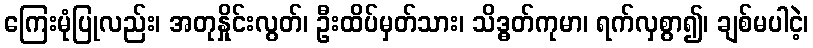
ကြေးမုံပြုလည်း၊ အတုနှိုင်းလွတ်၊ ဦးထိပ်မှတ်သား၊ သိဒ္ဓတ်ကုမာ၊ ရက်လှစွာ၍၊ ချစ်မပါငဲ့၊